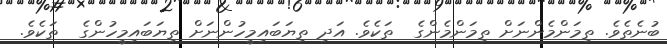
ބުނެތެވެ. ތިމަންމެންނަށް ތިމަންމެންގެ  ތަކެވެ. އަދި ތިޔަބައިމީހުންނަށް ތިޔަބައިމީހުންގެ  ތަކެވެ.